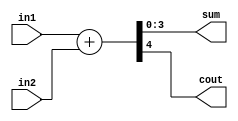
module halfadd(in1,in2,sum,cout);
input [3:0] in1,in2;
output wire cout;
output wire [3:0] sum;
assign {cout,sum}=in1+in2;
endmodule